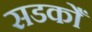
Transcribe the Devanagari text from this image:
सडकोँ